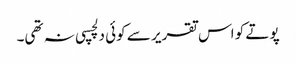
پوتے کو اس تقریر سے کوئی دلچسپی نہ تھی۔